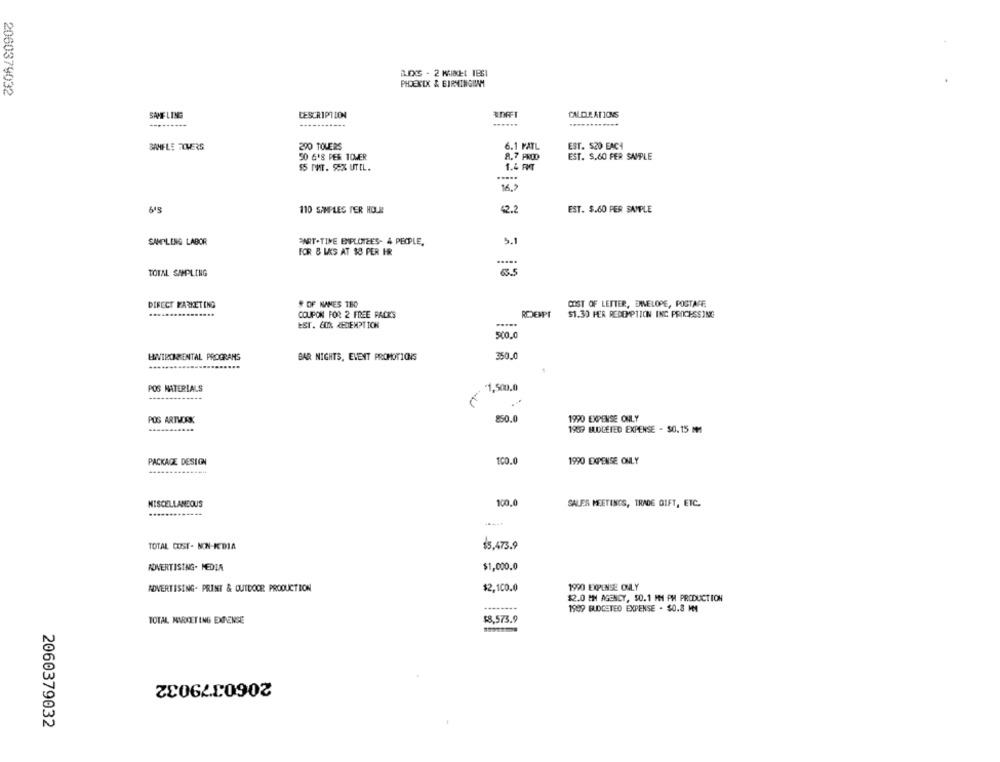
PHOENIX & BIRMINGIMM
2060379032
SAME LING
DESCRIPTION
CALCULATIONS
.........
SAMELE THERS
290 TOUERS
6.1 FATL
EST. S20 EACH
50 6'8 PER TOWER
8.7 PROD
EST. $.60 PER SAMPLE
$5 MMT. EX UTEL.
1.4 AMT
16.7
110 SAMPLES PER HOUR
42.2
EST. $.60 PER SAMPLE
SAMLING LABOR
PART-TIME EMPLOYEES- 4 PEOPLE,
5.1
FOR & WES AT $8 PER HR
TOTAL SAMPLING
6.5
DIRECT MARKETING
# OF NAMES TEC
COST OF LETTER, ENVELOPE, POSTARE
....
RDEMPT
COUPON FOR 2 FREE PACKS
$1.30 HER REDEMPTION INC PROCESSING
EST. COX REDEMPTION
500.0
LINTECHRENTAL PROGRAMS
BAR NIGHTS, EVENT PROMOTIONS
350.0
POS MATERIALS
$1,500.0
POS ARTVORX
850.0
1990 EXPENSE ONLY
1959 BUDGETED EXPENSE - $0.15 MM
PACKAGE DESIGN
1CO.
1990 EXPENSE ONLY
MISCELLANEOUS
100,0
SALES MEETINGS, TRADE GIFT, ETC.
.............
TOTAL COST- NON-KEDIA
$5,473.9
ADVERTISING- MEDIA
$1,000.0
ADVERTISING- PRINT & OUTDOOR PRODUCTION
$2,100.0
1990 EXPENSE ONLY
$2.0 MM AGENCY, $0.1 MM PM PRODUCTION
--------
1909 BUDGETED EXPENSE . $0.3 MI
TOTAL MARKETING EXPENSE
$8,573.9
2060379032
2060379032